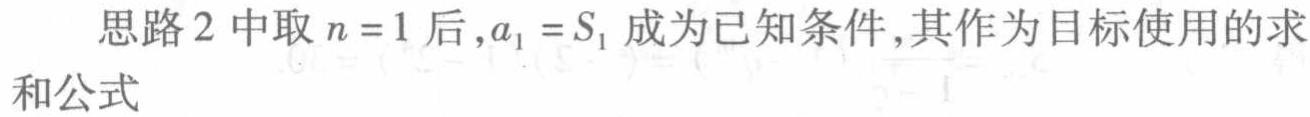
思路2中取\(n = 1\)后,\(a_{1}=S_{1}\)成为已知条件,其作为目标使用的求和公式